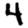
Digit: 4